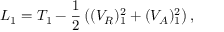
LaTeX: L _ { 1 } = T _ { 1 } - { \frac { 1 } { 2 } } \left( ( V _ { R } ) _ { 1 } ^ { 2 } + ( V _ { A } ) _ { 1 } ^ { 2 } \right) ,